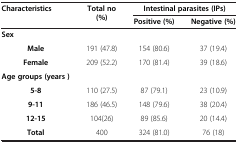
<table><thead><tr><td rowspan="2"><b>Characteristics</b></td><td rowspan="2"><b>Total no (%)</b></td><td colspan="2"><b>Intestinal parasites (IPs)</b></td></tr><tr><td><b>Positive (%)</b></td><td><b>Negative (%)</b></td></tr></thead><tbody><tr><td><b>Sex</b></td><td> </td><td> </td><td> </td></tr><tr><td><b>Male</b></td><td>191 (47.8)</td><td>154 (80.6)</td><td>37 (19.4)</td></tr><tr><td><b>Female</b></td><td>209 (52.2)</td><td>170 (81.4)</td><td>39 (18.6)</td></tr><tr><td><b>Age groups (years )</b></td><td> </td><td> </td><td> </td></tr><tr><td><b>5-8</b></td><td>110 (27.5)</td><td>87 (79.1)</td><td>23 (10.9)</td></tr><tr><td><b>9-11</b></td><td>186 (46.5)</td><td>148 (79.6)</td><td>38 (20.4)</td></tr><tr><td><b>12-15</b></td><td>104(26)</td><td>89 (85.6)</td><td>20 (14.4)</td></tr><tr><td><b>Total</b></td><td>400</td><td>324 (81.0)</td><td>76 (18)</td></tr></tbody></table>